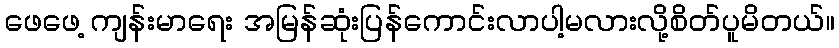
ဖေဖေ့ ကျန်းမာရေး အမြန်ဆုံးပြန်ကောင်းလာပါ့မလားလို့စိတ်ပူမိတယ်။